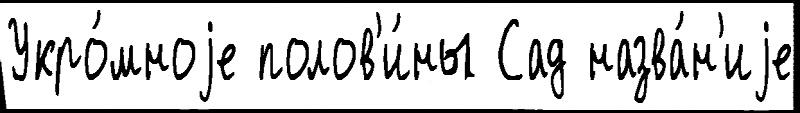
Укро́мноjе полов'и́ны Сад назва́н'иjе